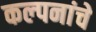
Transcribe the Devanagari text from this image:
कल्‍पनांचे